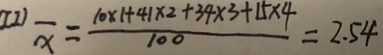
( I I ) \overline { x } = \frac { 1 0 \times 1 + 4 1 \times 2 + 3 4 \times 3 + 1 5 \times 4 } { 1 0 0 } = 2 . 5 4